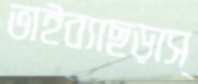
ভাইব্যাছড়াস্